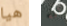
هيا أنه